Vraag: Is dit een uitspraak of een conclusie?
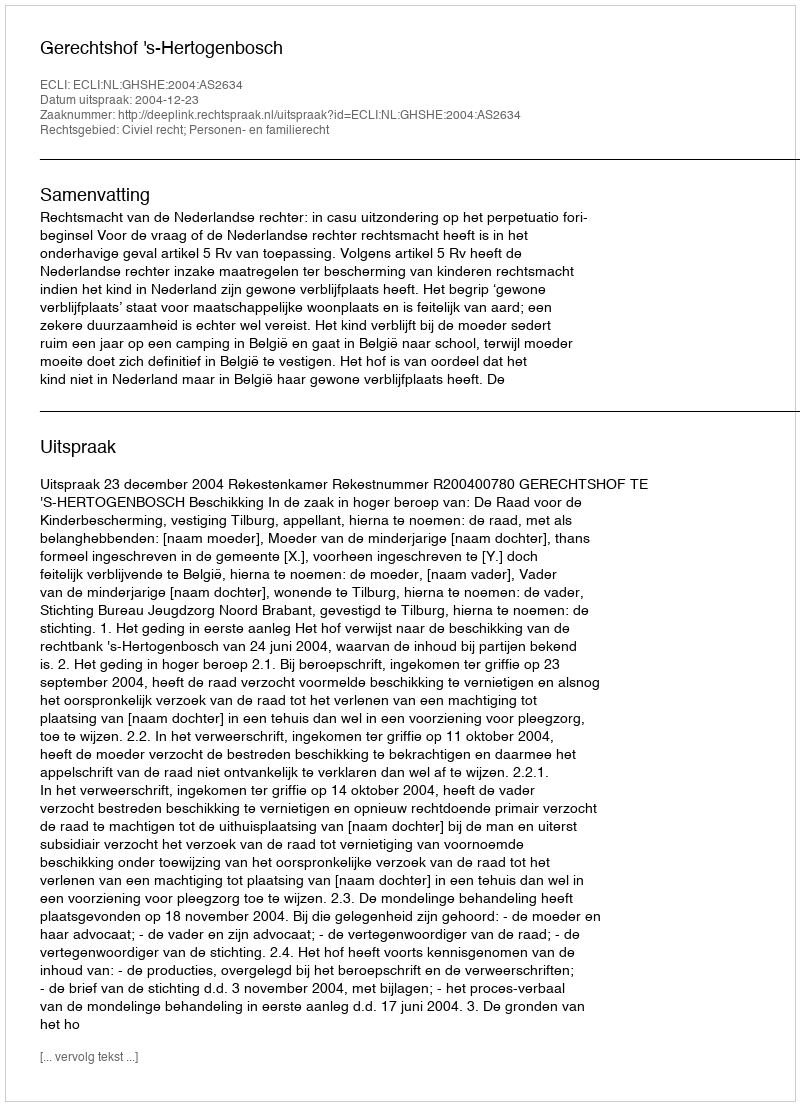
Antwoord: Uitspraak